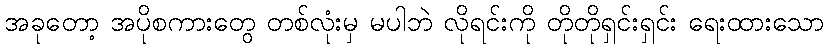
အခုတော့ အပိုစကားတွေ တစ်လုံးမှ မပါဘဲ လိုရင်းကို တိုတိုရှင်းရှင်း ရေးထားသော